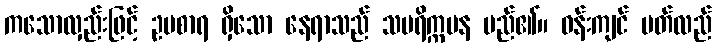
ကသောလှည်းဖြင့် ဥပစာရ ရှိသော နေရာသည် သပရိက္ကမန မည်၏။ ဝန်းကျင် ပတ်လည်